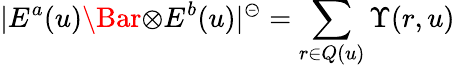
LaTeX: |E^{a}(u)\Bar{\otimes}E^{b}(u)|^{\circleddash}=\sum_{r\in Q(u)}\Upsilon(r,u)